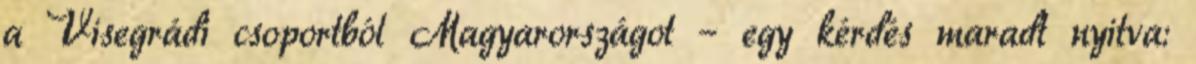
a Visegrádi csoportból Magyarországot – egy kérdés maradt nyitva: